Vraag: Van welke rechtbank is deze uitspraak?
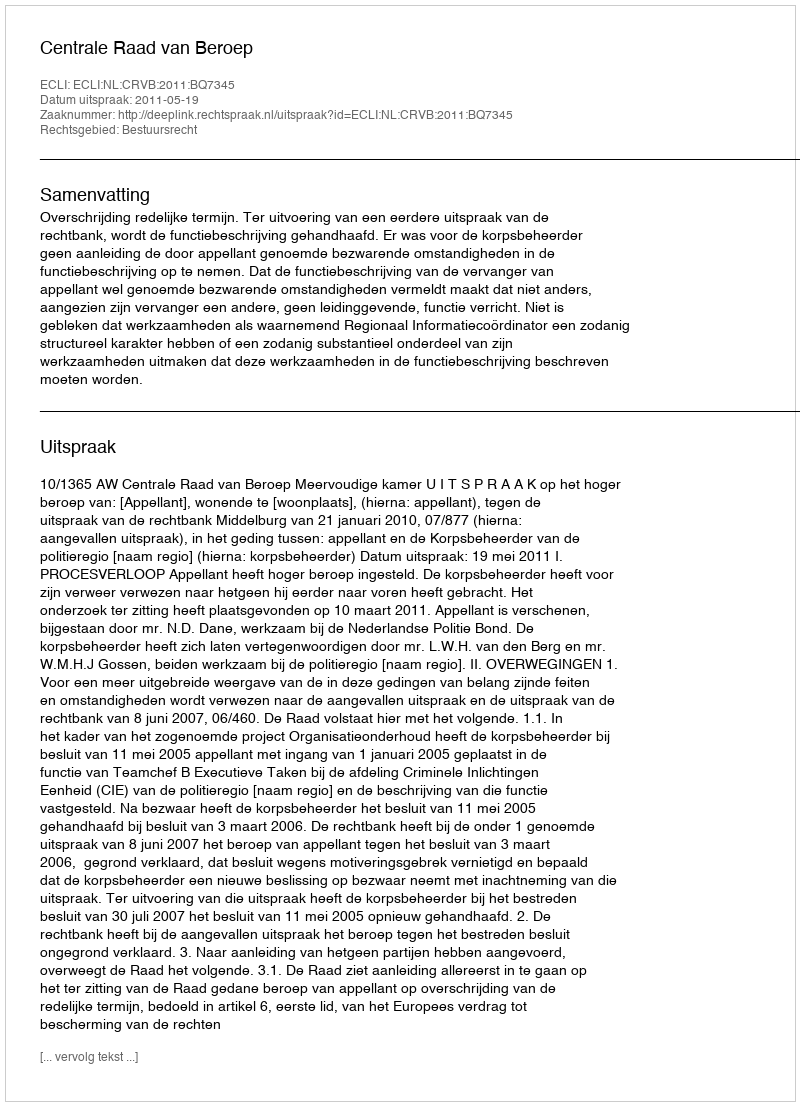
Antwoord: Centrale Raad van Beroep